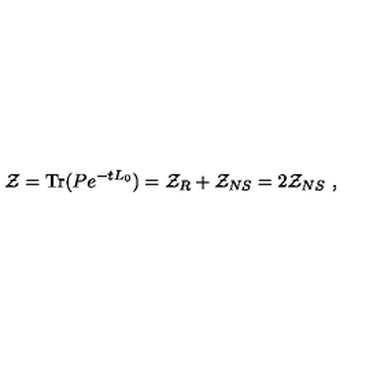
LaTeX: { \cal Z } = \mathrm { T r } ( P e ^ { - t L _ { 0 } } ) = { \cal Z } _ { R } + { \cal Z } _ { N S } = 2 { \cal Z } _ { N S } \ ,